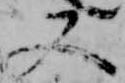
又